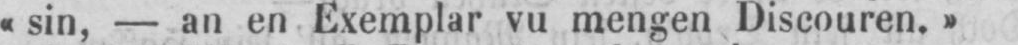
«sin, - an en Exemplar vu mengen Discouren.»